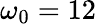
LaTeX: \omega_{0}=12